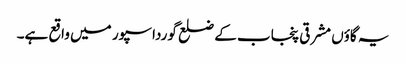
یہ گاؤں مشرقی پنجاب کے ضلع گورداسپور میں واقع ہے۔